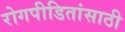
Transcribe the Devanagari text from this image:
रोगपीडितांसाठी